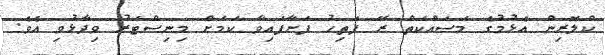
ކްލޮރިން އެޅުމުގެ މަސައްކަތް ރޭ ފަތިހު ފަށާފައިވާ ކަމަށް މިނިސްޓަރު ވިދާޅުވި އެވެ.